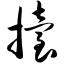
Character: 抬